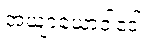
အယျာယောဝါဒေါ